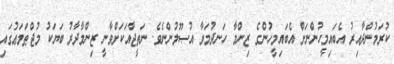
ކުރަމުންދާއިރު އެބައިމީހުންނަށް އެބައިމީހުންގެ ޒިންމާ ހަނދުމަވާ އުޞޫލުންނެވެ. ނަތީޖާއަކަށްވާނީ ޒިންމާދާރު ބަޔަކު މުޖްޠަމަޢުގައި